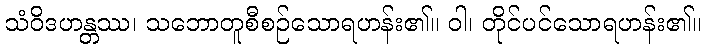
သံဝိဒဟန္တဿ၊ သဘောတူစီစဉ်သောရဟန်း၏။ ဝါ၊ တိုင်ပင်သောရဟန်း၏။